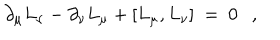
\partial _ { \mu } L _ { \nu } - \partial _ { \nu } L _ { \mu } + [ L _ { \mu } , L _ { \nu } ] ~ = ~ 0 ,